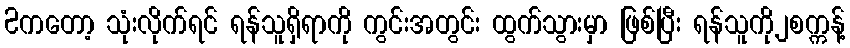
2ကတော့ သုံးလိုက်ရင် ရန်သူရှိရာကို ကွင်းအတွင်း ထွက်သွားမှာ ဖြစ်ပြီး ရန်သူကို၂စက္ကန့်